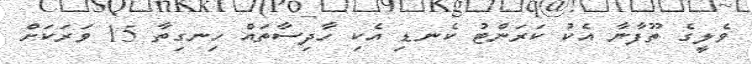
ވެލީގެ ތޫފާނާ އެކު ކަރަންޓު ކެނޑި އެކި ހާދިސާތައް ހިނގިތާ 15 ވަރަކަށް